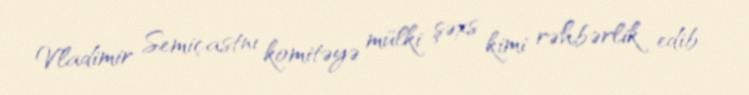
Vladimir Semiçastnı komitəyə mülki şəxs kimi rəhbərlik edib.